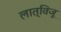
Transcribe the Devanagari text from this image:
लात्विजू